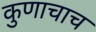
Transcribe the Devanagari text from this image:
कुणाचाच